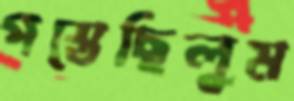
পস্তেছিলুম